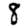
Digit: 8